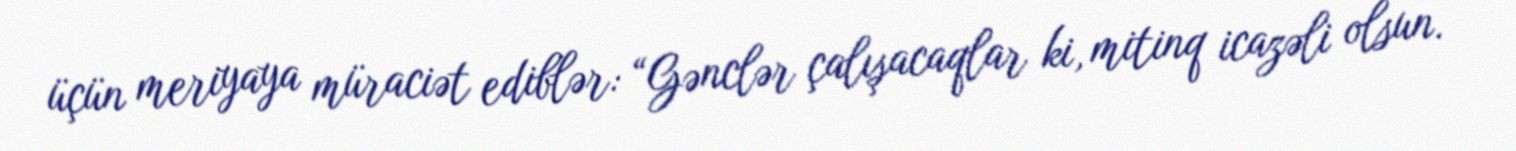
üçün meriyaya müraciət ediblər: “Gənclər çalışacaqlar ki, mitinq icazəli olsun.